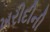
ખરીદીની